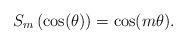
LaTeX: \begin{align*}S_{m}\left(\cos(\theta)\right) = \cos(m\theta).\end{align*}